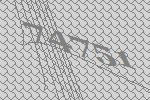
74751